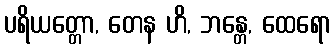
ပရိယတ္တော, တေန ဟိ, ဘန္တေ, ထေရော